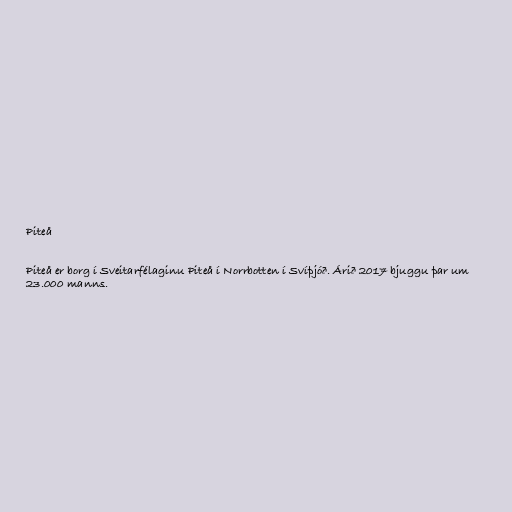
Piteå

Piteå er borg í Sveitarfélaginu Piteå í Norrbotten í Svíþjóð. Árið 2017 bjuggu þar um
23.000 manns.